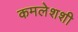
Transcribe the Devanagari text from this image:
कमलेशशी